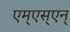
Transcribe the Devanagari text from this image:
एम्‌एस्‌एन्‌